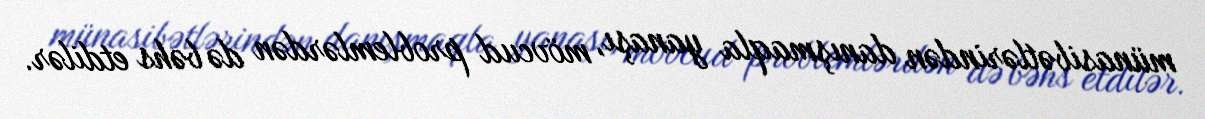
münasibətlərindən danışmaqla yanaşı, mövcud problemlərdən də bəhs etdilər.